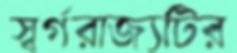
স্বর্গরাজ্যটির